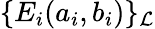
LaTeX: \{ E_{i}(a_{i},b_{i})\} _{\cal L}